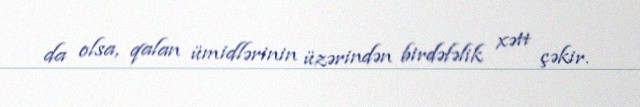
da olsa, qalan ümidlərinin üzərindən birdəfəlik xətt çəkir.